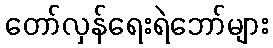
တော်လှန်ရေးရဲဘော်များ